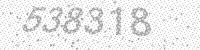
Solution: 538318